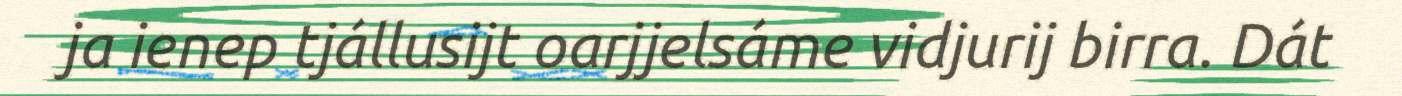
ja ienep tjállusijt oarjjelsáme vidjurij birra. Dát